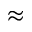
\approx